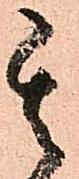
其